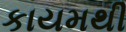
કાયમથી